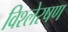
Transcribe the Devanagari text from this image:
विश्लेरषण